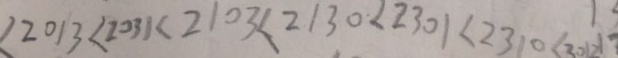
< 2 0 1 3 < 2 0 3 1 < 2 1 0 3 < 2 1 3 0 < 2 3 0 1 < 2 3 1 0 < 3 0 1 2 1